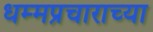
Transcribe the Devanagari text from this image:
धम्मप्रचाराच्या